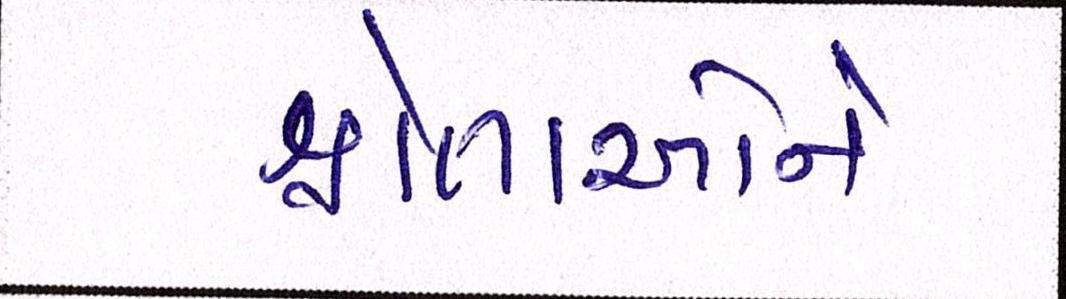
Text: શ્રોતાઓને